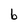
Character: b